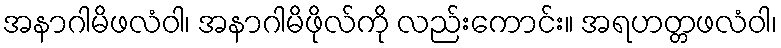
အနာဂါမိဖလံဝါ၊ အနာဂါမိဖိုလ်ကို လည်းကောင်း။ အရဟတ္တဖလံဝါ၊